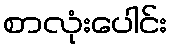
စာလုံးပေါင်း